Vaccine operations Central Provinces 1886-1899 - 1886-1899
Year: 1886
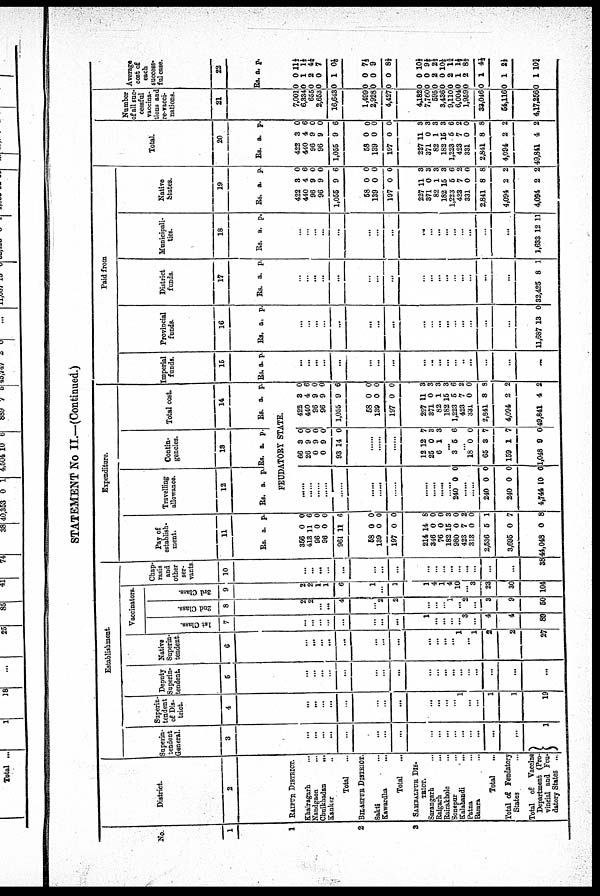
STATEMENT No II—(Continued.)
No.
1
1
2
3
District.
2
RAIPUR DISTRICT.
Khairagarh...
Nandgaon...
Chuikhadan...
Kanker...
Total...
BILASPUR DISTRICT.
Sakti...
Kawardha...
Total...
SAMBALPUR DIS¬
TRICT.
Sarangarh...
Raigarh...
Rairakhole...
Sonepur...
Kalahandi...
Patna
...
Bamra...
Total...
Total of Feudatory
States...
Total of Vaccine
Department (Pro-
vincial and Feu-
datory States...
Establishment.
Superin-
tendent
General.
3
...
...
...
...
...
...
...
...
...
...
...
...
...
...
...
...
...
1
Superin-
tendent
of Dis-
trict.
4
...
...
...
...
...
...
...
...
...
...
...
...
1
...
...
1
1
19
Deputy
Superin-
tendent.
5
...
...
...
...
...
...
...
...
...
...
...
...
...
...
...
...
...
...
Native
Superin-
tendent.
6
...
...
...
...
...
...
...
...
...
...
...
...
l
...
1
2
2
27
Vaccinators.
1st Class.
7
...
...
...
...
...
...
...
...
1
...
...
...
...
3
...
4
4
89
2nd Class.
8
2
2
...
...
4
...
2
2
...
...
...
1
...
2
...
3
9
50
3rd Class.
9
2
2 1
1
6
1
...
1
1
16
...
3
23
30
104
Chap-
rasis
and
other
ser-
vants.
10
...
...
....
...
...
...
...
...
...
...
...
...
...
...
...
...
...
38
Expenditure.
Pay of
establish-
ment.
11
Rs. a. p.
856
413
96
96
961
0
11
0
0
11
0
6
0
0
6
58
139
197
0
0
0
0
0
0
214
346
76
182
980
423
313
2,536
3,695
44,048
14
0
0
15
0
7
0
5
0
0
8
0
0
3
0
2
0
1
7
8
Travelling
allowance.
12
Rs. a. p.
Contin-
gencies.
13
Rs. a. p.
Total cost.
14
Rs. a. p.
FEUDATORY STATE.
......
......
......
......
......
......
......
......
......
......
......
240 0 0
......
240
240
4,744
0
0
10
0
0
6
66
26
0
0
93
3
9
9
9
14
0
0
0
0
0
......
......
12
25
6
12
0
1
7
3
3
...
3 5 6
...
18
65
159
1,048
0
3
1
9
0
7
7
0
422
440
96
96
1,055
3
4
9
9
9
0
6
0
0
6
58
139
197
0
0
0
0
0
0
227
371
82
182
1,223
423
331
2,841
4,094
49,841
11
0
1
15
5
7
0
8
2
4
3
3
3
8
6
2
0
8
2
2
Paid from
Imperial
funds.
15
Rs. a. p.
...
...
...
...
...
...
...
...
...
...
...
...
...
..
...
...
...
...
Provincial
funds.
16
Rs. a. p.
...
...
...
...
...
...
...
...
...
...
...
...
...
...
...
...
...
11,687 13 0
District
funds.
17
Rs. a. p.
...
...
...
...
...
...
...
...
...
...
...
...
...
...
...
...
...
32,425 8 1
Municipali-
ties.
18
Rs. a. p.
...
...
...
...
...
...
...
...
...
...
...
...
...
...
...
...
...
1,633 12 11
Native
States.
19
Rs. a. p.
422
440
96
96
1,055
3
4
9
9
9
0
6
0
0
6
58
139
197
0
0
0
0
0
0
227
871
82
182
1,223
423
331
2,841
4,094
4,094
11
0
1
15
5
7
0
8
2
2
3
3
3
3
6
2
0
8
2
2
Total.
20
Rs. a. p.
422
440
96
96
1,055
3
4
9
9
9
0
6
0
0
6
58
139
197
0
0
0
0
0
0
227
371
82
182
1,223
423
331
2,841
4,094
49,841
11
0
1
15
5
7
0
8
2
4
3
3
3
3
6
2
0
8
2
2
Number
of all suc-
cessful
vaccina-
tions and
re-vacci-
nations.
21
7,001
6,334
655
2,653
16,643
1,499
2,928
4,427
4,182
7,760
595
3,436
9,110
6,004
1,959
33,046
54,116
4,17,256
Average
cost of
each
success-
ful case.
22
Rs a. p.
0
0
0
0
0
0
1
2
0
1
11½
1½
4¼
7
01/6
0
0
0
0
0
0
71/3
9
81/3
0
0
0
0
0
0
0
0
0
0
0
0
2
0
2
1
2
1
1
1
101/3
9½
2½
10½
1¾
1½
81/3
4½
2½
10¾